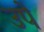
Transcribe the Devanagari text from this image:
उपे